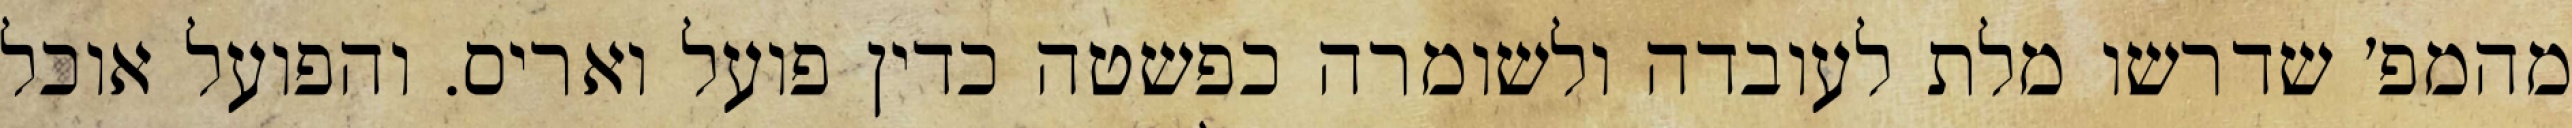
מהמפ׳ שדרשו מלת לעובדה ולשומרה כפשטה כדין פועל ואריס. והפועל אוכל